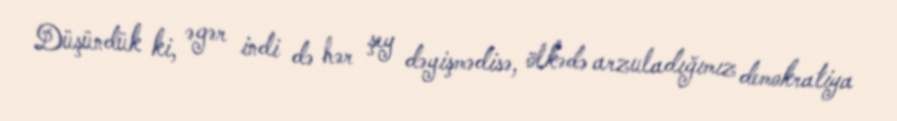
Düşündük ki, əgər indi də hər şey dəyişmədisə, ölkədə arzuladığımız demokratiya